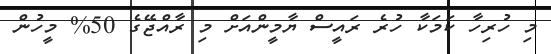
މި ހުރިހާ ކަމަކާ ހުރެ ރައީސް ޔާމީންއަށް މި ރާއްޖޭގެ 50% މީހުން